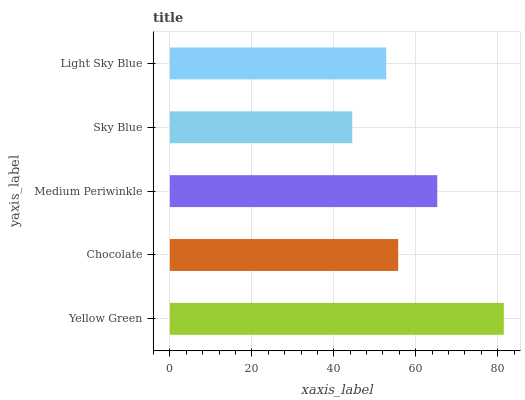
| yaxis_label | bars |
 | --- | --- |
 | Yellow Green | 81.5 |
 | Chocolate | 55.7 |
 | Medium Periwinkle | 65.3 |
 | Sky Blue | 44.5 |
 | Light Sky Blue | 52.8 |